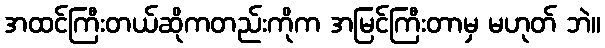
အထင်ကြီးတယ်ဆိုကတည်းကိုက အမြင်ကြီးတာမှ မဟုတ် ဘဲ။